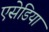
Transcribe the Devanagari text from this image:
एसेडिया